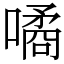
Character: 噊